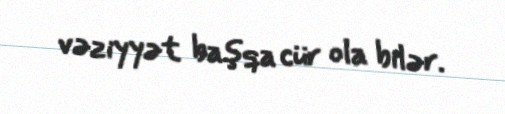
vəziyyət başqa cür ola bilər.